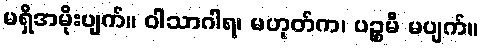
မရှိအမိုးပျက်။ ဝါသာဂါရ၊ မဟုတ်က၊ ပဉ္စမီ မပျက်။